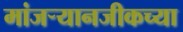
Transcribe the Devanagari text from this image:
मांजर्‍यानजीकच्या